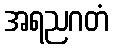
အရညဂတံ